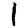
Digit: 1